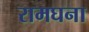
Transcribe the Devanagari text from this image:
रामघना